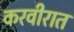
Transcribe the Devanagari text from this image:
करवीरात